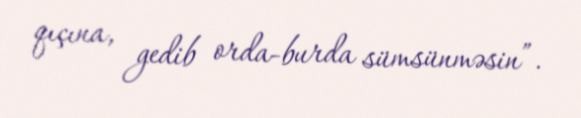
qıçına, gedib orda-burda sümsünməsin”.